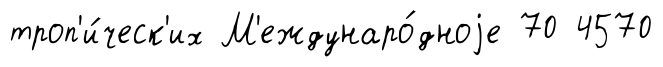
троп'и́ческ'их М'еждунаро́дноjе 70 4570